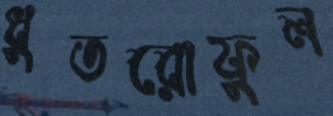
ধুতরোফুল